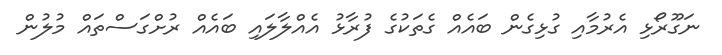
ނަގޫރޯޅި އެރުމާއި ގުޅިގެން ބައެއް ގެތަކުގެ ފުރާޅު އެއްލާލައި ބައެއް ރުށްގަސްތައް މުލުން